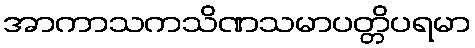
အာကာသကသိဏသမာပတ္တိပရမာ